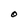
Character: O